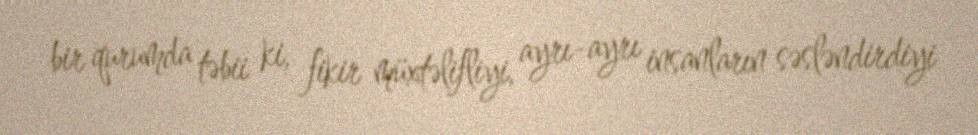
bir qurumda təbii ki, fikir müxtəlifliyi, ayrı-ayrı insanların səsləndirdiyi